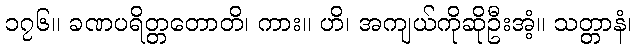
၁၇၆။ ခဏပရိတ္တတောတိ၊ ကား။ ဟိ၊ အကျယ်ကိုဆိုဦးအံ့။ သတ္တာနံ၊